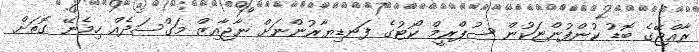
ރާއްޖޭގެ ބޮޑު ކުންފުންޏަކުން ސުޕްރީމް ކޯޓުގެ ފަނޑިޔާރުންނަށް ނާޖާއިޒް މަގްސަދެއް ހިމެނޭ ގޮތަށް